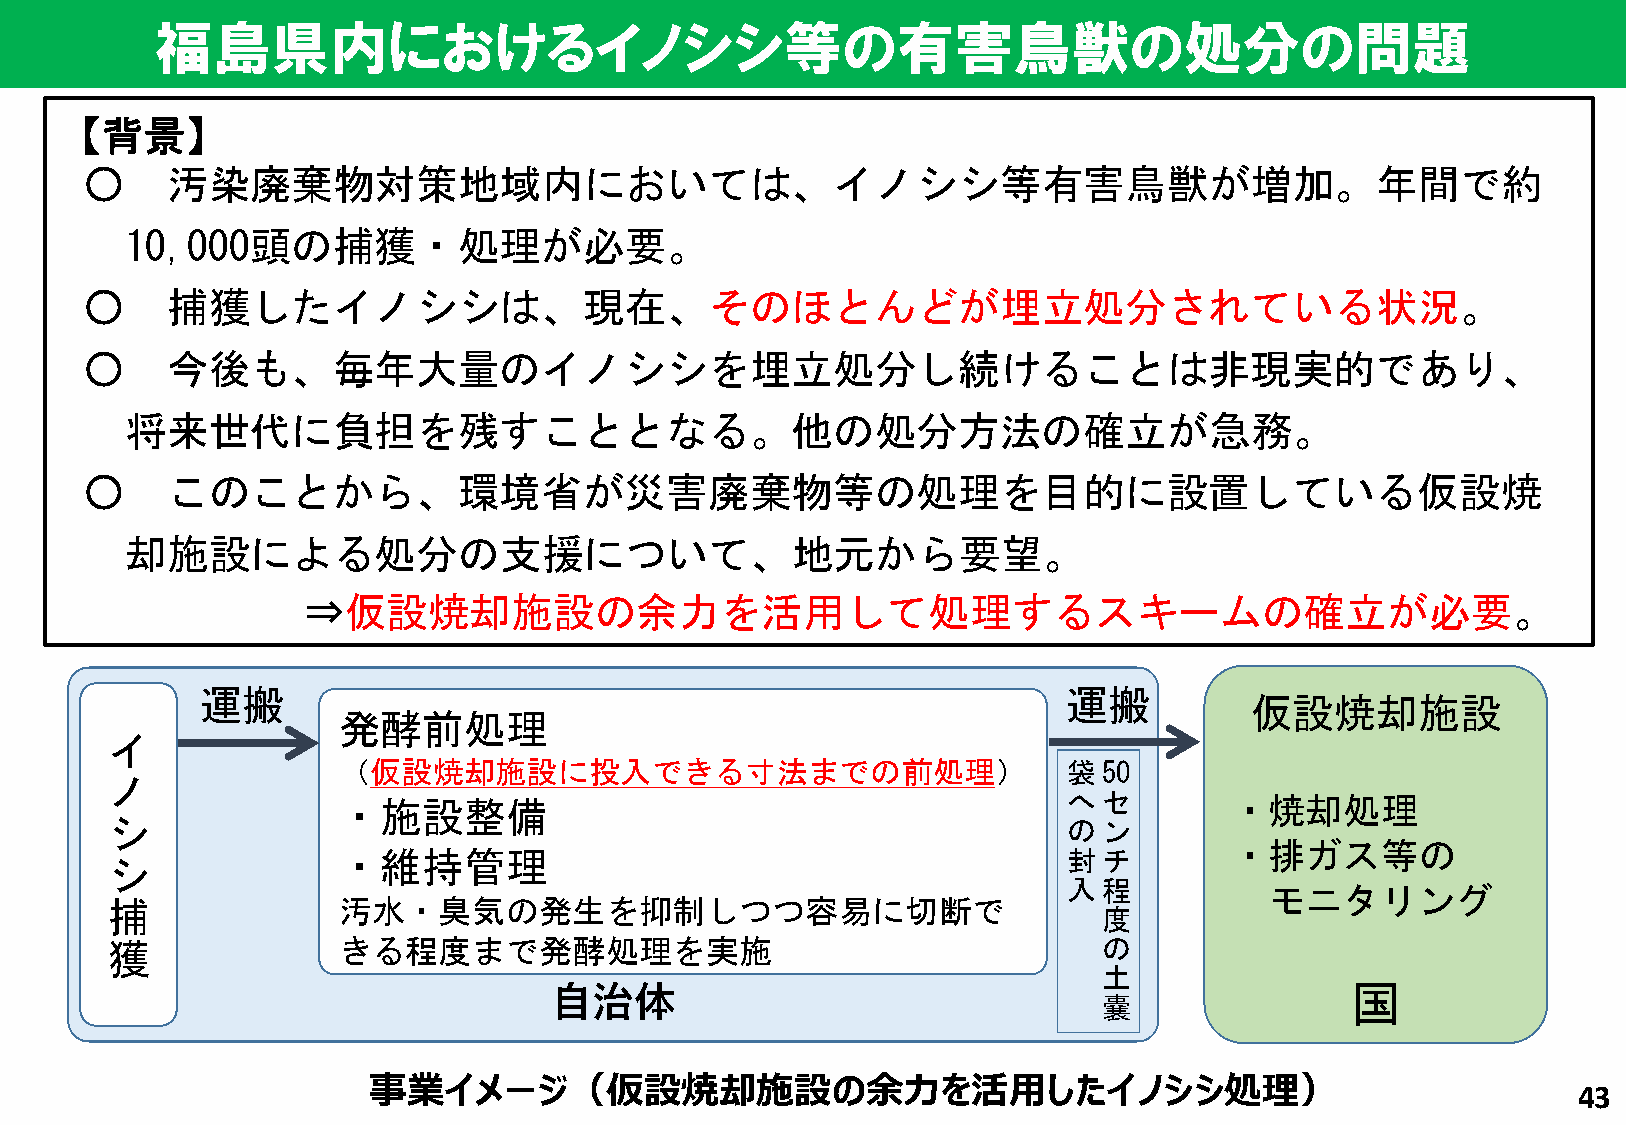
福島県内におけるイノシシ等の有害鳥獣の処分の問題
 【背景】
 ○    汚染廃棄物対策地域内においては、イノシシ等有害鳥獣が増加。年間で約
 10,000頭の捕獲・処理が必要。
 ○    捕獲したイノシシは、現在、そのほとんどが埋立処分されている状況。
 ○    今後も、毎年大量のイノシシを埋立処分し続けることは非現実的であり、
 将来世代に負担を残すこととなる。他の処分方法の確立が急務。
 ○    このことから、環境省が災害廃棄物等の処理を目的に設置している仮設焼
 却施設による処分の支援について、地元から要望。
 ⇒仮設焼却施設の余力を活用して処理するスキームの確立が必要。
 運搬                                                        運搬
 仮設焼却施設
 発酵前処理
 イ
 （仮設焼却施設に投入できる寸法までの前処理）                           袋50
 ノ
 ・施設整備                                            へセ        ・焼却処理
 シ                                                               のン
 ・排ガス等の
 ・維持管理                                            封チ
 シ
 入程
 モニタリング
 捕              汚水・臭気の発生を抑制しつつ容易に切断で
 度
 獲              きる程度まで発酵処理を実施                                      の
 土
 自治体                                                  国
 嚢
 事業イメージ（仮設焼却施設の余力を活用したイノシシ処理）
 43